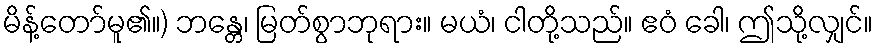
မိန့်တော်မူ၏။) ဘန္တေ၊ မြတ်စွာဘုရား။ မယံ၊ ငါတို့သည်။ ဧဝံ ခေါ၊ ဤသို့လျှင်။